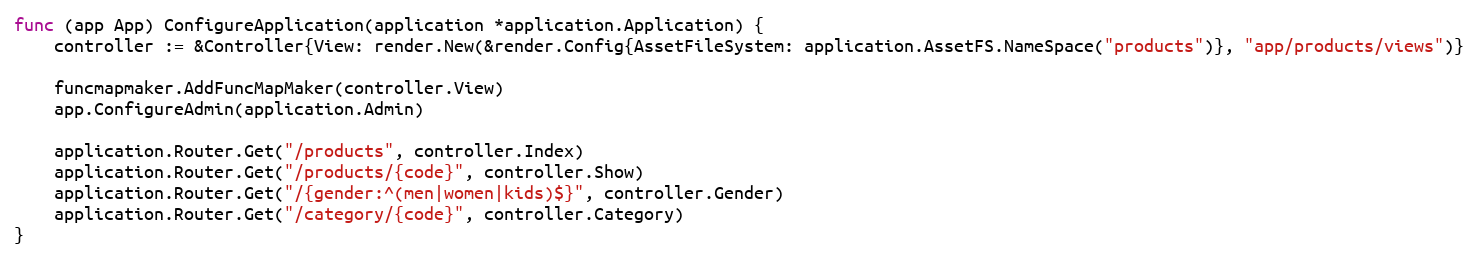
Language: Go
func (app App) ConfigureApplication(application *application.Application) {
	controller := &Controller{View: render.New(&render.Config{AssetFileSystem: application.AssetFS.NameSpace("products")}, "app/products/views")}

	funcmapmaker.AddFuncMapMaker(controller.View)
	app.ConfigureAdmin(application.Admin)

	application.Router.Get("/products", controller.Index)
	application.Router.Get("/products/{code}", controller.Show)
	application.Router.Get("/{gender:^(men|women|kids)$}", controller.Gender)
	application.Router.Get("/category/{code}", controller.Category)
}